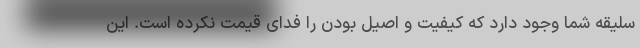
سلیقه شما وجود دارد که کیفیت و اصیل بودن را فدای قیمت نکرده است. این